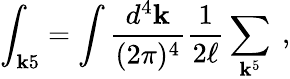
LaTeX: \int_{\mathbf{k}5}=\int{\frac{{d^{4}\mathbf{k}}}{{(2\pi)^{4}}}}{\frac{{1}}{{2\ell}}}\sum_{\mathbf{k}^{5}}\ ,